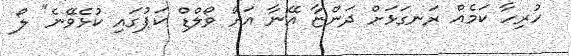
ހުރިހާ ކަމެއް ރަނގަޅަށް ދަންޏާ އޭނާ އަށް ވޯލްޑް ކަޕުގައި ކުޅެވޭނެ" ލޯ